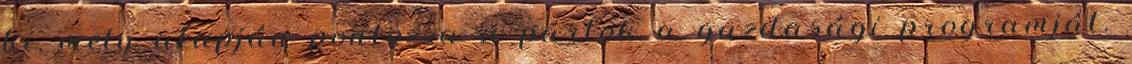
ki, mely alapján pontozza a pártok a gazdasági programját.